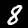
Digit: 8